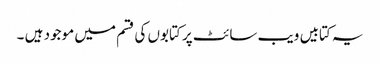
یہ کتابیں ویب سائٹ پر کتابوں کی قسم میں موجود ہیں ۔